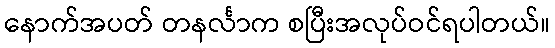
နောက်အပတ် တနင်္လာက စပြီးအလုပ်ဝင်ရပါတယ်။